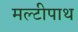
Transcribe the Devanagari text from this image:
मल्टीपाथ